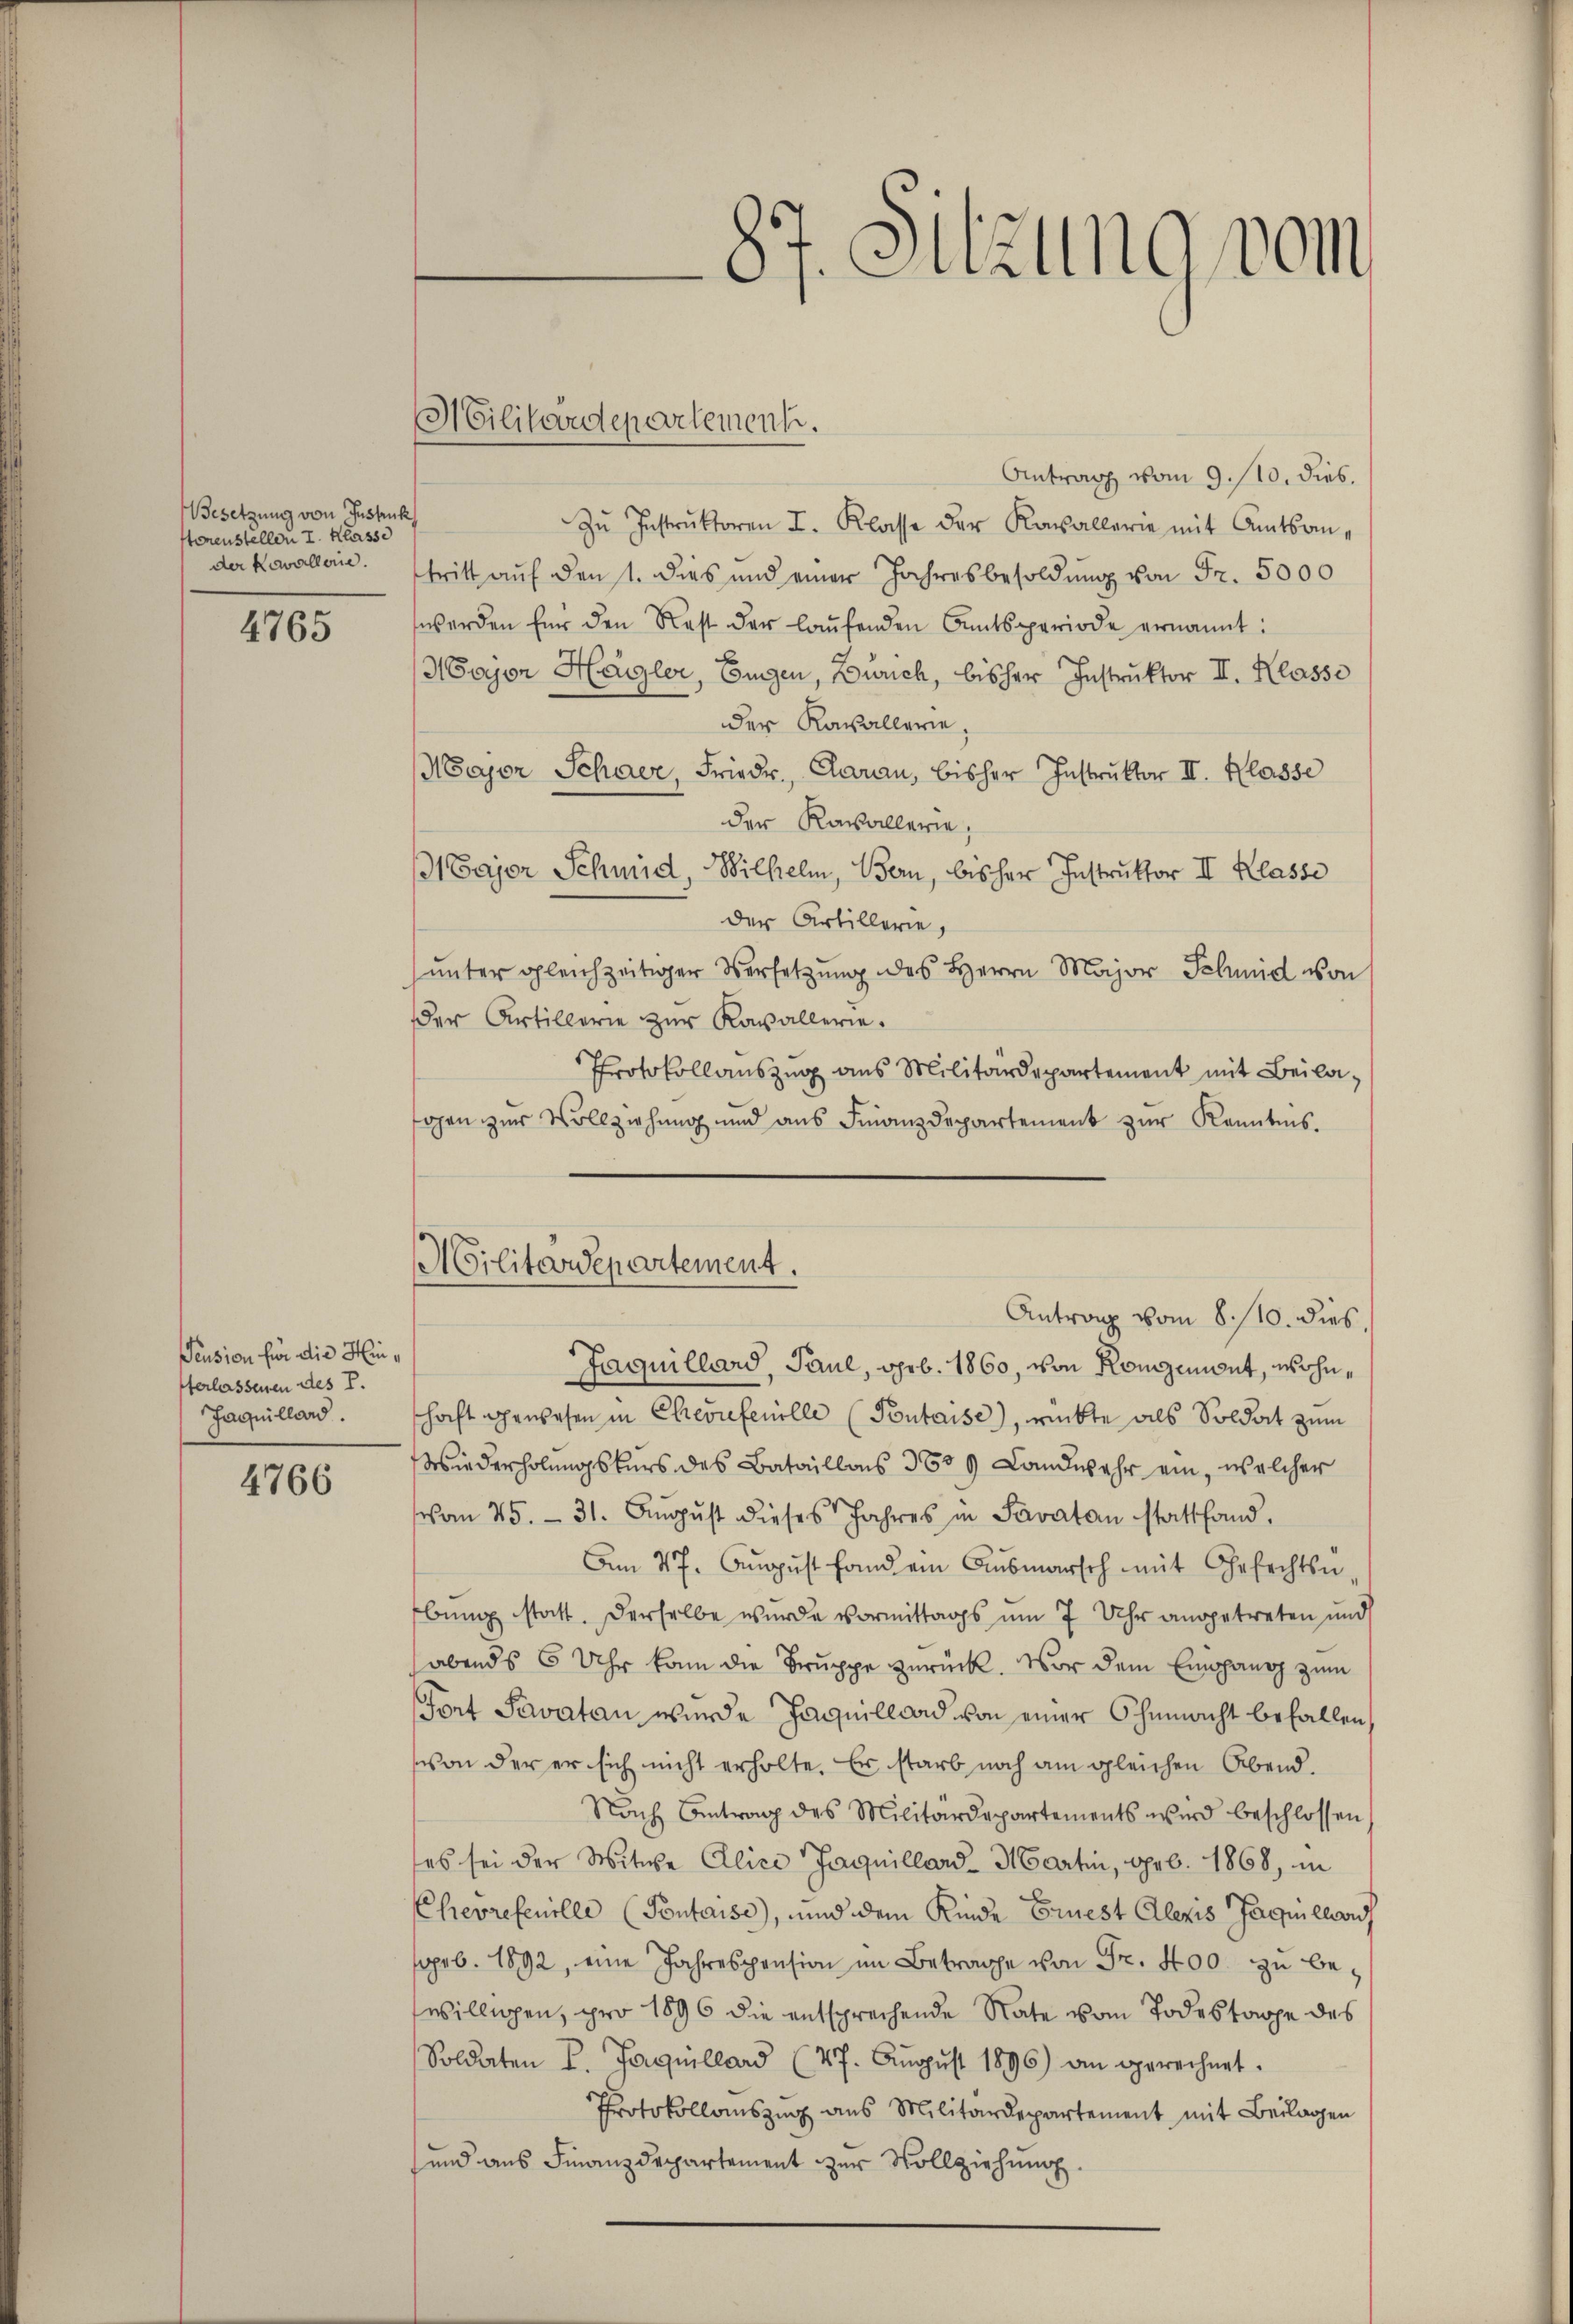
Besetzung von Instruk
Honenstellen I. Klasse

4765

Pension für die Hinterlassenen des P.
Jaquillard.

4766

Militärdepartement.

Militärdepartement.

87. Sitzung vom

Antrag vom 9. 110. dies.
Zŭ Instrŭktoren I. Klasse der Kavallerie mit Amtsander Kavallerie. Stritt auf den 1. dies und einer Jahresbesoldŭng von Fr. 5000
werden für den Rest der laŭfenden Amtsperiode ernannt:
Mayon Hagler, Eugen, Zürich, bisher Instruktor II. Klasse
der Kasallerie
Major Schwer, Friedr. Caran, bisher Instruktor II. Klasse
der Kavallerie,
Major Schmid, Wilhelm, Bern, bisher Instruktor II Klasse
der Artillerie,
ŭnter gleichzeitiger Versetzung des Herrn Major Schmid von
der Artillerie zur Kavallerie.
Protokollauszug aus Militärdepartement mit Beilasogen zur Vollziehung und aus Finanzdepartement zur Kenntnis.
Antrag vom 8./10. dies
Jaquillard, Paul, geb. 1860, von Romzemont, wohnschaft gewesen in Chevufeuille (Poutaise), rückte als Soldat zum
Wiederholungskurs des Bataillonis 3639 Landwehr ein, welcher
vom 25. - 31. Aŭgŭst dieses Jahres in Savatan stattfand.
Am 27. August fand ein Ausmarsch mit Gefechtsn
bung statt. Derselbe wurde vormittags um 7 Uhr angetreten und
abends 6 Uhr kann die Bruppe zurück. Vor dem Empfang zum
Fort Savaten wurde Jaquilland von einer Ohnmacht befallen,
von der er sich nicht erholte. Er starb noch am gleichen Abend.
Nach Antrag des Militärdepartements wird beschlossen
es sei der Witwe Alici Jaquillard- Martin, geb. 1868, in
Chevrefenille (Pontaise), und dem Kinde Ernest Alexis facile auf
sprb. 1892, eine Jahrespension im Betrage von Fr. 400 zu bewilligen, pro 1896 die entsprechende Rate vom Todestage des
Soldaten L. Jaquillard (27. Aŭgŭst 1896) an gerechnet.
Protokollauszug aus Militärdepartement mit Beilagen
und aus Finanzdepartement zur Vollziehung.